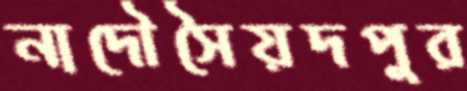
নাদৌসৈয়দপুর